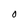
Character: O